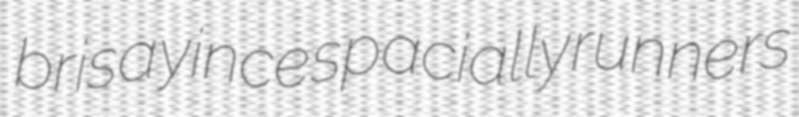
brisa yince spacially runners